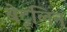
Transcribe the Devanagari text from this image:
बेटूलिन